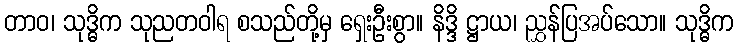
တာဝ၊ သုဒ္ဓိက သုညတဝါရ စသည်တို့မှ ရှေးဦးစွာ။ နိဒ္ဒိ ဋ္ဌာယ၊ ညွှန်ပြအပ်သော။ သုဒ္ဓိက